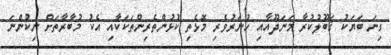
ގިނަ ބަޔަކު ޤަބޫލުކުރާ މަނަދޫއާއި ހުނަރުވެރި މޮޅެތި ކުޅުންތެރިންތަކަކާއި އެކު މުބާރާތަށް ނިކުންނަ